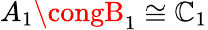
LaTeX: A_{1}\congB_{1}\cong\mathbb{C}_{1}